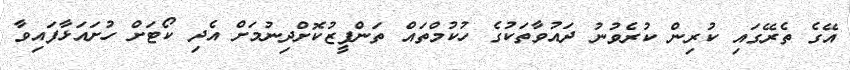
އޭގެ ތެރޭގައި ކުރިން ކުރެވުނު ދައުވާތަކުގެ ހުކުމްތައް ތަންފީޒުކޮށްދިނުމަށް އެދި ކޯޓަށް ހުށައަޅާފައިވާ